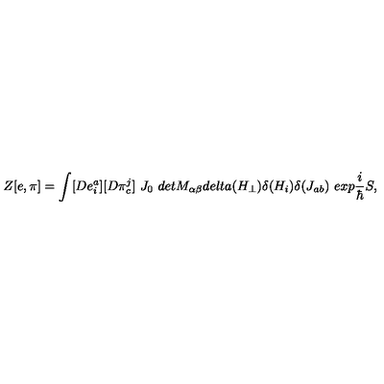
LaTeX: Z [ e , \pi ] = \int [ D e _ { i } ^ { a } ] [ D \pi _ { c } ^ { j } ] \ J _ { 0 } \ d e t M _ { \alpha \beta } d e l t a ( H _ { \perp } ) \delta ( H _ { i } ) \delta ( J _ { a b } ) \ e x p \frac { i } { \hbar } S ,